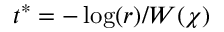
t ^ { \ast } = - \log ( r ) / W ( \chi )